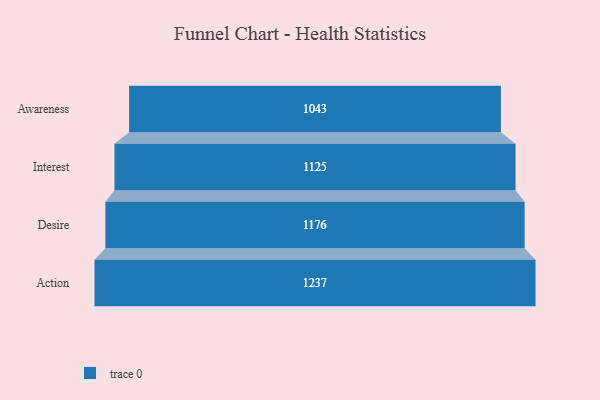
{"axis": {"x": "Stage", "y": "Value"}, "legend": [""], "data": [{"x": "Awareness", "y": 1043.0, "type": ""}, {"x": "Interest", "y": 1125.0, "type": ""}, {"x": "Desire", "y": 1176.0, "type": ""}, {"x": "Action", "y": 1237.0, "type": ""}]}